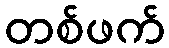
တစ်ဖက်